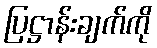
ပြဋ္ဌာန်းချက်ကို